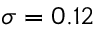
\sigma = 0 . 1 2